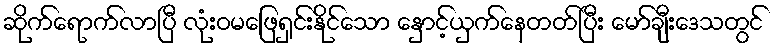
ဆိုက်ရောက်လာပြီ လုံးဝမဖြေရှင်းနိုင်သော နှောင့်ယှက်နေတတ်ပြီး မော်ချီးဒေသတွင်